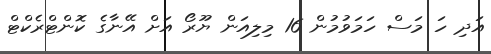
އަދި ހަ މަަސް ހަމަވުމުން 16 މިލިއަން ޔޫރޯ އަށް އޭނާގެ ކޮންޓްރެކްޓް